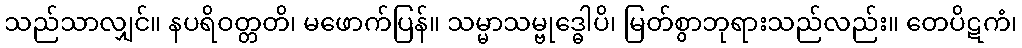
သည်သာလျှင်။ နပရိဝတ္တတိ၊ မဖောက်ပြန်။ သမ္မာသမ္ဗုဒ္ဓေါပိ၊ မြတ်စွာဘုရားသည်လည်း။ တေပိဋကံ၊